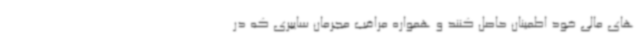
های مالی خود اطمینان حاصل کنند و همواره مراقب مجرمان سایبری که در